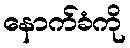
နောက်ခံကို